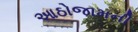
આઠોજામની